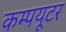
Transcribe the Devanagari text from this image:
कम्‍पयूटर